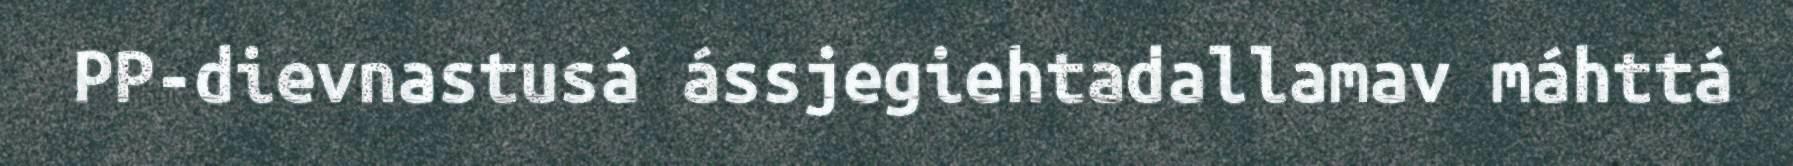
PP-dievnastusá ássjegiehtadallamav máhttá